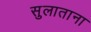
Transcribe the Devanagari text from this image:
सुलाताना